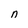
Character: n